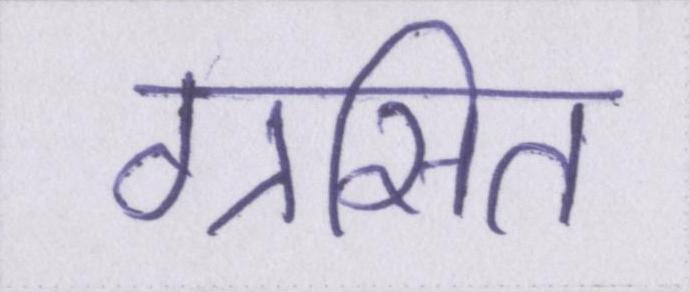
ग्रसित